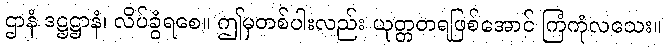
ဌာနံ ဒဋ္ဌဋ္ဌာနံ၊ လိပ်ခွံရစေ။ ဤမှတစ်ပါးလည်း ယုတ္တတရဖြစ်အောင် ကြံကုံလသေး။